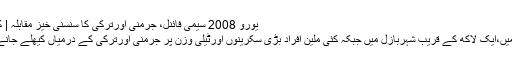
یورو 2008 سیمی فائنل، جرمنی اورترکی کا سنسنی خیز مقابلہ | کھیل | DW | 25.06.2008
پانچ لاکھ سے زائد افراد برلن میں،ایک لاکھ کے قریب شہربازل میں جبکہ کئی ملین افراد بڑی سکرینوں اورٹیلی وزن پر جرمنی اورترکی کے درمیاں کیھلے جانے والا سیمی فائنل دیکھیں گے۔